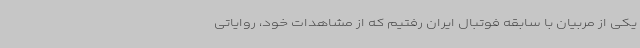
یکی از مربیان با سابقه فوتبال ایران رفتیم که از مشاهدات خود، روایاتی